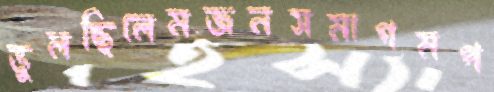
ভুলছিলেমজনসমাগমপ